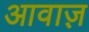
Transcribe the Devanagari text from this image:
आवाज़़